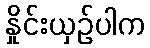
နှိုင်းယှဉ်ပါက